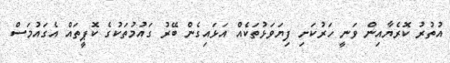
އުތުރު ކޮރެޔާއިން ވަނީ ހަރުކަށި ފިޔަވަޅުތަކެއް އަޅައިގެން ބޭރު ގައުމުތަކުގެ ކޮޕީތައް އެގައުމަސް